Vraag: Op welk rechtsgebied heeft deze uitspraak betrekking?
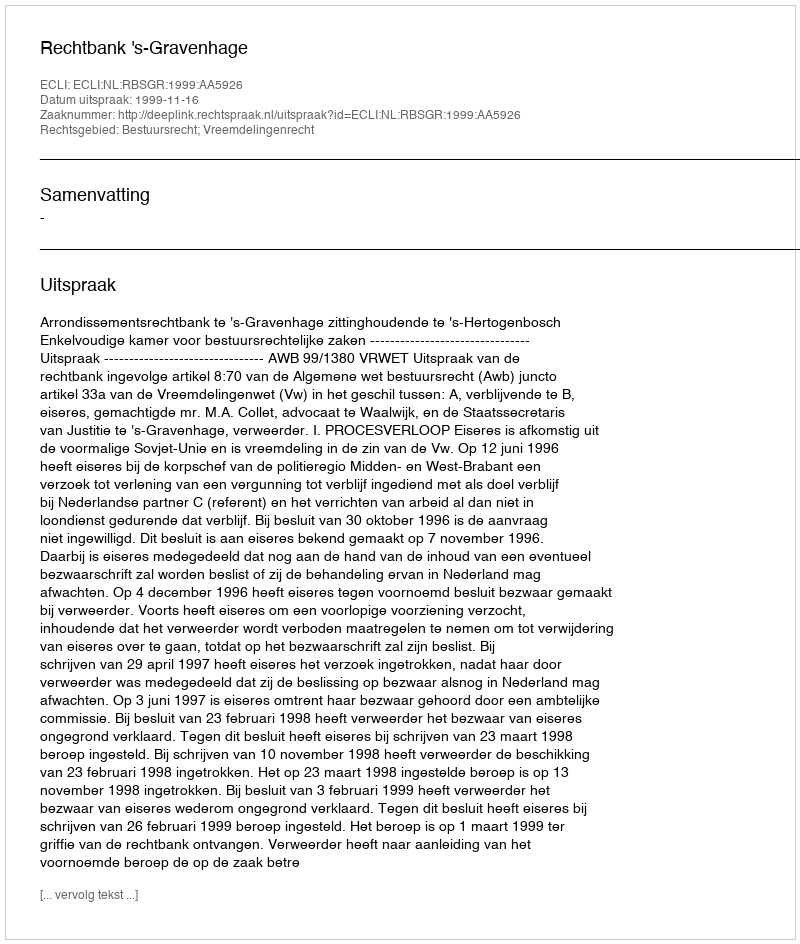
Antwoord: Bestuursrecht; Vreemdelingenrecht